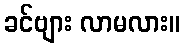
ခင်ဗျား လာမလား။